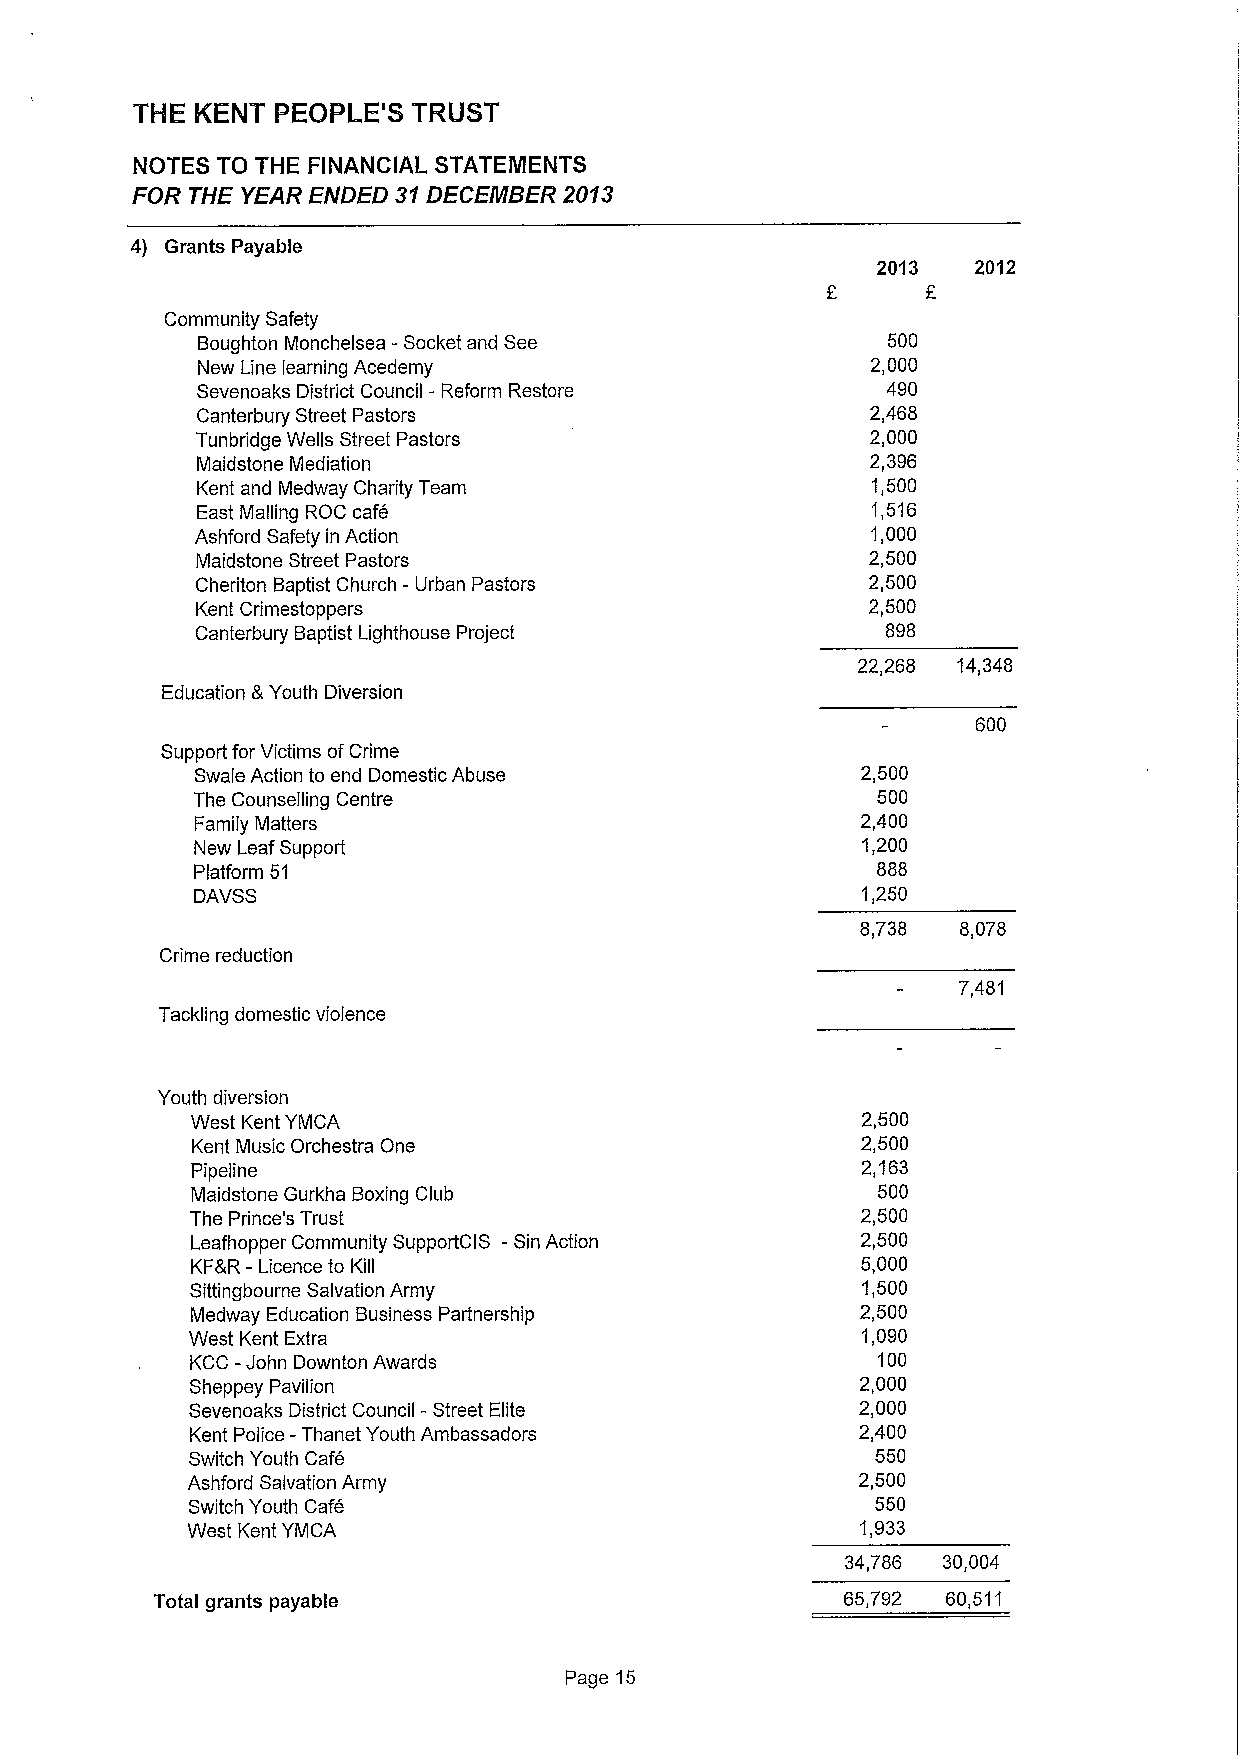
THE KENT PEOPLE'8 TRUST
 NOTES TO THE FINANCIAL STATENIENTS
 FOR THE YEAR ENDED 31l DECEMBER 2043
 4) Grants Payable
 2013  2012
 E
 Community Safety
 Boughton Monchelsea -Socket and See           500
 New Line learning Acedemy                    2,000
 Sevenoaks District Council - Reform Restore   490
 Canterbury Street Pastors                    2,468
 Tunbridge Wells Street Pastors               2,000
 Maidstone Mediation                          2,396
 Kent and Medway Charity Team                 1,500
 East Mailing ROC cafe                        1,516
 Ashford Safety in Action                     1,000
 Maidstone Street Pastors                     2,500
 Cheriton Baptist Church - Urban Pastors      2,500
 Kent Crimestoppers                          2,500
 Canterbury Baptist Lighthouse Project         898
 22,268 14,348
 Education 8 Youth Diversion
 600
 Support for Victims ofCrime
 Swale Action to end Domestic Abuse          2,500
 The Counselling Centre                       500
 Family Matters                              2,400
 New Leaf Support                            1,200
 Platform 51                                  888
 DAVSS                                       1,250
 8,738 8,078
 Crime reduction
 7,481
 Tackling domestic violence
 Youth diversion
 West Kent YMCA                              2,500
 Kent Music Orchestra One                    2,500
 Pipeline                                    2,163
 Maidstone Gurkha Boxing Club                 500
 The Prince's Trust                          2,500
 Leafhopper Community SupportCIS -Sin Action 2,500
 KFBR- Licence to Kill                       5,000
 Sittingbourne Salvation Army                1,500
 Medway Education Business Partnership       2,500
 West Kent Extra                             1,090
 KCC -John Downton Awards                     100
 Sheppey Pavilion                            2,000
 Sevenoaks District Council -Street Elite    2,000
 Kent Police -Thanet Youth Ambassadors       2,400
 Switch Youth Cafh                             550
 Ashford Salvation Army                       2,500
 Switch Youth Cafe                             550
 West Kent YMCA                               1,933
 34,786 30,004
 Total grants payable                          65,792 60,511
 Page 15